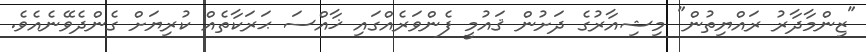
"ޒިންމާދާރު ރައްޔިތުން" މިޝިއާރުގެ ދަށުން ޤައުމީ ފެންވަރެއްގައި ޚާއްސަ ޙަރަކާތެއް ކުރިޔަށް ގެންދެވޭނެއެވެ.